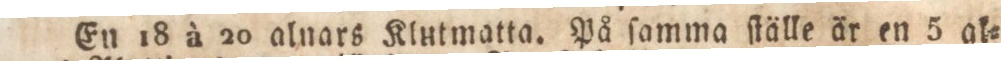
En 18 à 20 alnars Klhtmatta. På ſamma ſtälle är en 5 al=